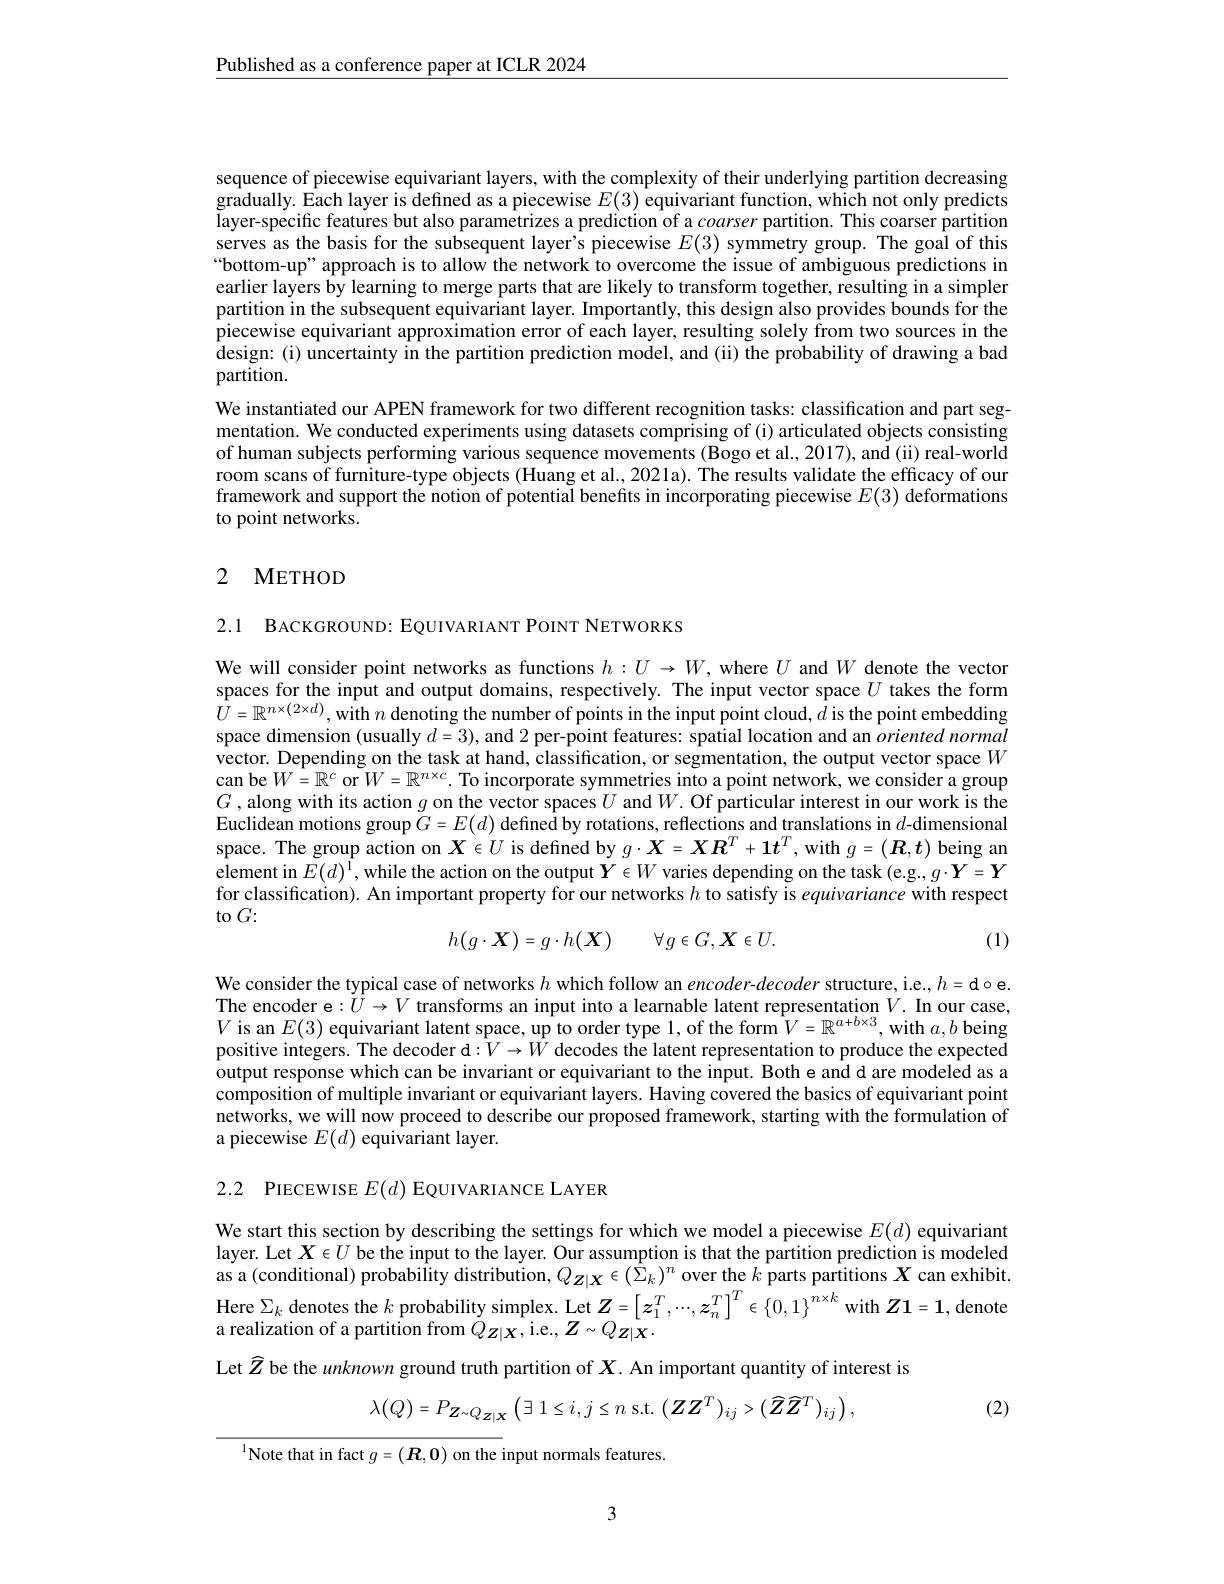
$\underline{\text{Published as a conference paper at ICLR 2024}}$

sequence of piecewise equivariant layers, with the complexity of their underlying partition decreasing $\hat{\text{gradually. Each layer is defined as a piecewise }E(3)}$ equivariant function, which not only predicts layer-specific features but also parametrizes a prediction of a coarser partition. This coarser partition serves as the basis for the subsequent layer's piecewise $E(3)$ symmetry group. The goal of this bottom-up" approach is to allow the network to overcome the issue of ambiguous predictions in earlier layers by learning to merge parts that are likely to transform together, resulting in a simpler partition in the subsequent equivariant layer. Importantly, this design also provides bounds for the piecewise equivariant approximation error of each layer, resulting solely from two sources in the design: (i) uncertainty in the partition prediction model, and (ii) the probability of drawing a bad partition.
We instantiated our APEN framework for two different recognition tasks: classification and part segmentation. We conducted experiments using datasets comprising of (i) articulated objects consisting of human subjects performing various sequence movements (Bogo et al., 2017), and (ii) real-world room scans of furniture-type objects (Huang et al., 2021a). The results validate the efficacy of our framework and support the notion of potential benefits in incorporating piecewise $E(3)$ deformations to point networks.

## 2 METHOD

2.1 BACKGROUND: EQUIVARIANT POINT NETWORKS

We will consider point networks as functions $h:U\to W$, where $U$ and $W$ denote the vector spaces for the input and output domains, respectively. The input vector space $U$ takes the form $U=\mathbb{R}^{n\times(2\times d)}$,with $n$ denoting the number of points in the input point cloud, $d$ is the point embedding space dimension (usually $d=3)$, and 2 per-point features: spatial location and an oriented normal vector. Depending on the task at hand, classification, or segmentation, the output vector space $W$ $\begin{array}{c}\mathrm{can~be~}W=\mathbb{R}^{c}\mathrm{~or~}W=\mathbb{R}^{n\times c}.\end{array}$To incorporate symmetries into a point network, we consider a group $G$,along with its action $g$ on the vector spaces $U$ and $W.$ Of particular interest in our work is the $\tilde{\text{Euclidean motions group }G}=E(d)\tilde{\text{defined by rotations, reflections and translations in }d}$-dimensional space. The group action on $X\in U$ is defined by $g\cdot\boldsymbol{X}=\boldsymbol{X}\boldsymbol{R}^T+1\boldsymbol{t}^T$, with $g=(\boldsymbol{R},\boldsymbol{t})$ being an element in $E(d)^1$, while the action on the output $Y\in W$ varies depending on the task (e.g., $g\cdot\boldsymbol{Y}=\boldsymbol{Y}$ for classification). An important property for our networks $h$ to satisfy is equivariance with respect to $G:$

(1)
$$h(g\cdot\boldsymbol{X})=g\cdot h(\boldsymbol{X})\quad\forall g\in G,\boldsymbol{X}\in U.$$
We consider the typical case of networks $h$ which follow an encoder-decoder structure, i.e., $h=$d$\circ$e. The encoder e$:U\to V$ transforms an input into a learnable latent representation $V.$ In our case, $V$ is an $E(3)$ equivariant latent space, up to order type 1, of the form $V=\mathbb{R}^a+b\times3$, with $a,b$ being positive integers. The decoder d$:V\to W$ decodes the latent representation to produce the expected output response which can be invariant or equivariant to the input. Both e and d are modeled as a composition of multiple invariant or equivariant layers. Having covered the basics of equivariant point networks, we will now proceed to describe our proposed framework, starting with the formulation of a piecewise $E(d)$ equivariant layer.

2.2 PIECEWISE $E(d)$ EQUIVARIANCE LAYER

We start this section by describing the settings for which we model a piecewise $E(d)$ equivariant layer. Let $\boldsymbol{X}\in U$ be the input to the layer. Our assumption is that the partition prediction is modeled as a (conditional) probability distribution, $Q_{Z|X}\in(\hat{\Sigma}_k)^n$ over the $\hat{k}$ parts partitions $X$ can exhibit. Here $\Sigma_k$ denotes the $k$ probability simplex. Let $Z=\left[z_1^T,\cdots,z_n^T\right]^T\in\left\{0,1\right\}^{n\times k}$ with $\boldsymbol Z\mathbf{1}=\mathbf{1}$, denote a realization of a partition from $Q_{Z|X}$,i.e., $Z\sim Q_{Z|X}.$
Let $\widehat{Z}$ be the unknown ground truth partition of $X$. An important quantity of interest is
$$\lambda(Q)=P_{\boldsymbol{Z}\sim Q_{\boldsymbol{Z}|\boldsymbol{X}}}\left(\exists\:1\leq i,j\leq n\:\mathrm{s.t.}\:(\boldsymbol{Z}\boldsymbol{Z}^{T})_{ij}>(\widehat{\boldsymbol{Z}}\widehat{\boldsymbol{Z}}^{T})_{ij}\right),$$
(2)
$^{1}$Note that in fact $g=(\boldsymbol R,\mathbf{0})$ on the input normals features.

3